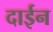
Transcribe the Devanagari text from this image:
दाईन